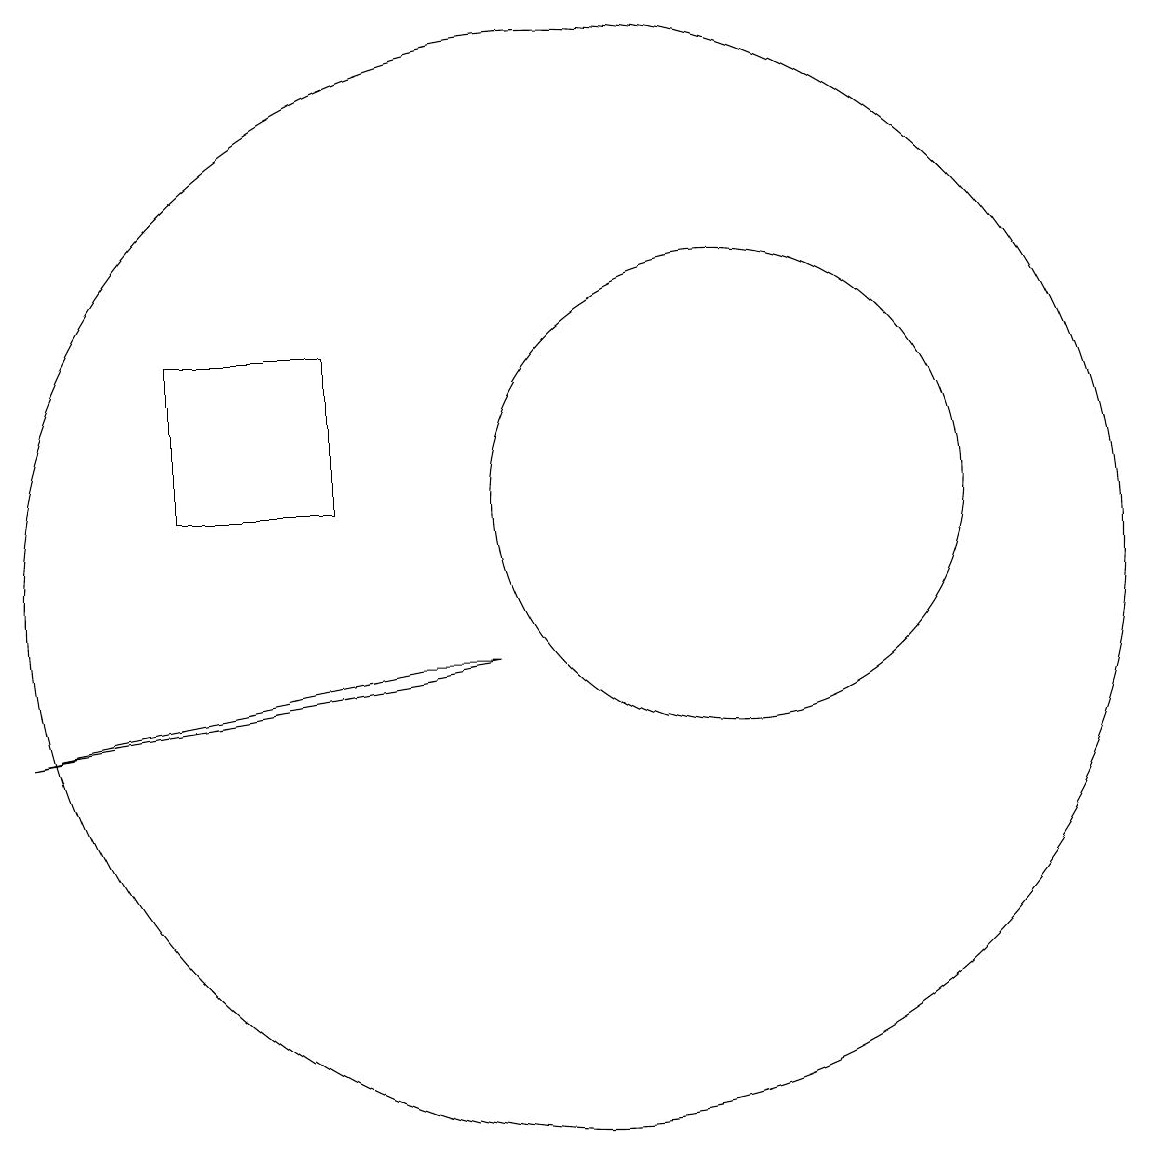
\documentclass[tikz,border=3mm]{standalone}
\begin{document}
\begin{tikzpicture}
\draw (7,13) rectangle (5,11);
\draw (10,10) circle (7);
\draw (9,9) -- (8,9) -- (3,8) -- cycle;
\draw (12,11) circle (3);
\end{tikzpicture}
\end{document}